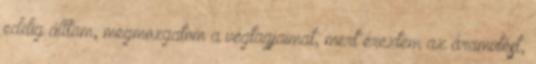
eddig álltam, megmozgatom a végtagjaimat, mert éreztem az áramütést,